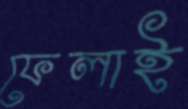
ফেলাই